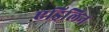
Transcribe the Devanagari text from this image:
एड्रिलिन